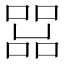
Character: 𠼨